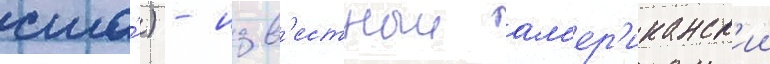
сша́) - изв'естныи ам'ер'иканск'ии